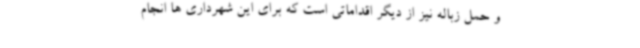
و حمل زباله نیز از دیگر اقداماتی است که برای این شهرداری ها انجام